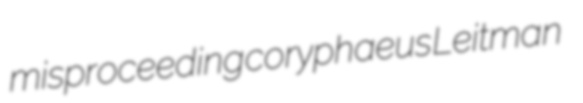
misproceeding coryphaeus Leitman